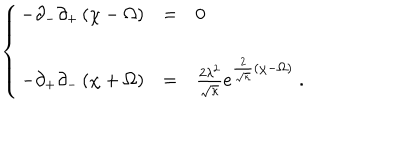
\left\{ \begin{array} { l l l } { { - \partial _ { - } \partial _ { + } \left( \chi - \Omega \right) } } & { { = } } & { { 0 } } \\ { { - \partial _ { + } \partial _ { - } \left( \chi + \Omega \right) } } & { { = } } & { { \frac { 2 \lambda ^ { 2 } } { \sqrt { \kappa } } e ^ { { \frac { 2 } { \sqrt { \kappa } } } \left( \chi - \Omega \right) } \; . } } \\ \end{array} \right.